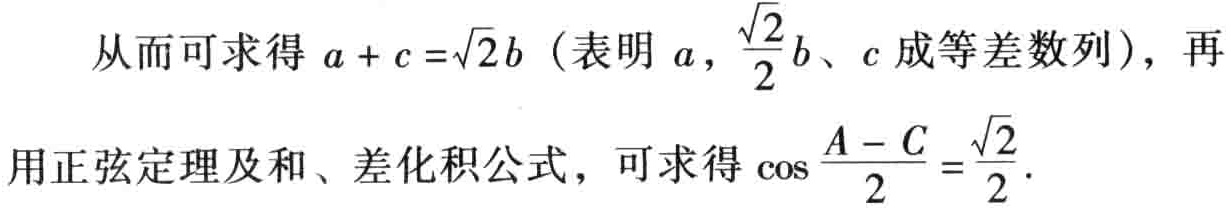
从而可求得 \(a + c =\sqrt{2}b\)（表明 \(a,\frac{\sqrt{2}}{2}b、c\) 成等差数列），再用正弦定理及和、差化积公式，可求得 \(\cos\frac{A - C}{2}=\frac{\sqrt{2}}{2}\)。